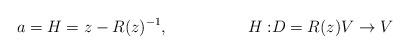
LaTeX: \begin{align*} a&=H= z-R(z)^{-1},& H:&D=R(z)V\to V \end{align*}